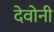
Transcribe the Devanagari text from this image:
देवोनी